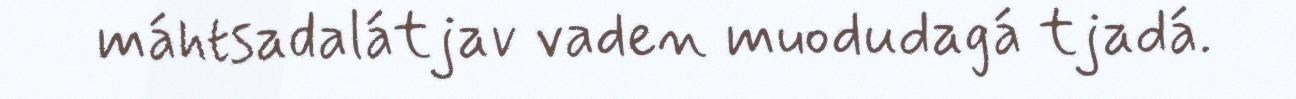
máhtsadalátjav vaden muodudagá tjadá.